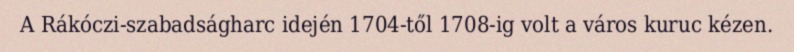
A Rákóczi-szabadságharc idején 1704-től 1708-ig volt a város kuruc kézen.